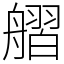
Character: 䒁